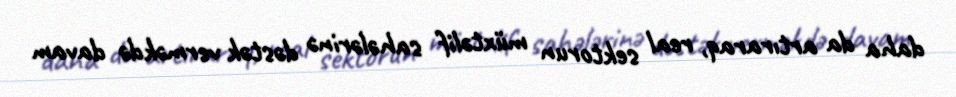
daha da artıraraq, real sektorun müxtəlif sahələrinə dəstək verməkdə davam